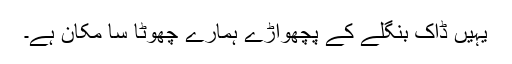
یہیں ڈاک بنگلے کے پچھواڑے ہمارے چھوٹا سا مکان ہے۔